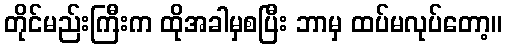
တိုင်မည်းကြီးက ထိုအခါမှစပြီး ဘာမှ ထပ်မလုပ်တော့။